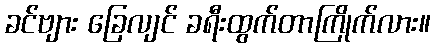
ခင်ဗျား ခြေလျင် ခရီးထွက်တာကြိုက်လား။